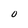
Character: 0